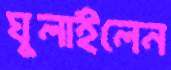
ঘুলাইলেন